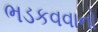
ભડકવવાનો